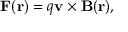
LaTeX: \mathbf { F } ( \mathbf { r } ) = q \mathbf { v } \times \mathbf { B } ( \mathbf { r } ) ,